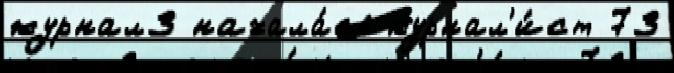
журнал3 начала́сь журнал'и́ст 73